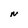
Character: N